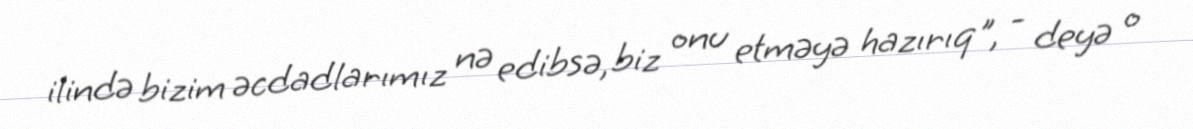
ilində bizim əcdadlarımız nə edibsə, biz onu etməyə hazırıq", - deyə o